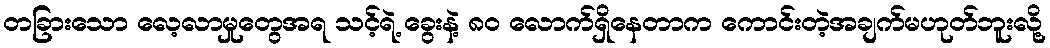
တခြားသော လေ့လာမှုတွေအရ သင့်ရဲ့ ခွေးနဲ့ ၈၀ လောက်ရှိနေတာက ကောင်းတဲ့အချက်မဟုတ်ဘူးလို့